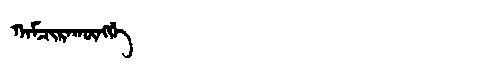
Manchu: ᡴᠠᠮᠴᡳᡵᠠᡴᡡᠩᡤᡝ
Romanization: KAMCIRAKŪNGGE